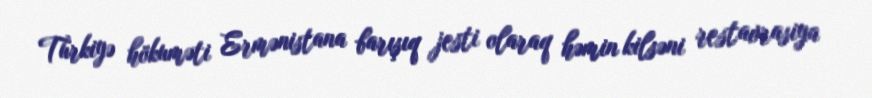
Türkiyə hökuməti Ermənistana barışıq jesti olaraq həmin kilsəni restavrasiya